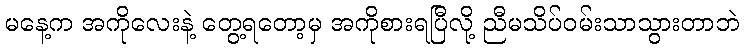
မနေ့က အကိုလေးနဲ့ တွေ့ရတော့မှ အကိုစားရပြီလို့ ညီမသိပ်ဝမ်းသာသွားတာဘဲ